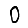
Digit: 0